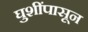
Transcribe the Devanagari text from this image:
घुशींपासून